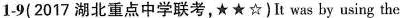
1-9(2017 湖北重点中学联考,★★☆)It was by using the